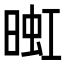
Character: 𬁅